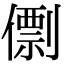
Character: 𠎼